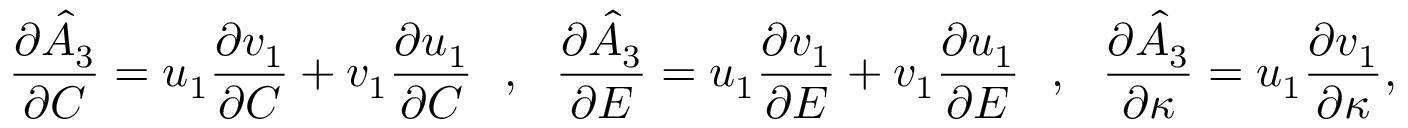
\frac { \partial \hat { A } _ { 3 } } { \partial C } = u _ { 1 } \frac { \partial v _ { 1 } } { \partial C } + v _ { 1 } \frac { \partial u _ { 1 } } { \partial C } ~ ~ , ~ ~ \frac { \partial \hat { A } _ { 3 } } { \partial E } = u _ { 1 } \frac { \partial v _ { 1 } } { \partial E } + v _ { 1 } \frac { \partial u _ { 1 } } { \partial E } ~ ~ , ~ ~ \frac { \partial \hat { A } _ { 3 } } { \partial \kappa } = u _ { 1 } \frac { \partial v _ { 1 } } { \partial \kappa } ,